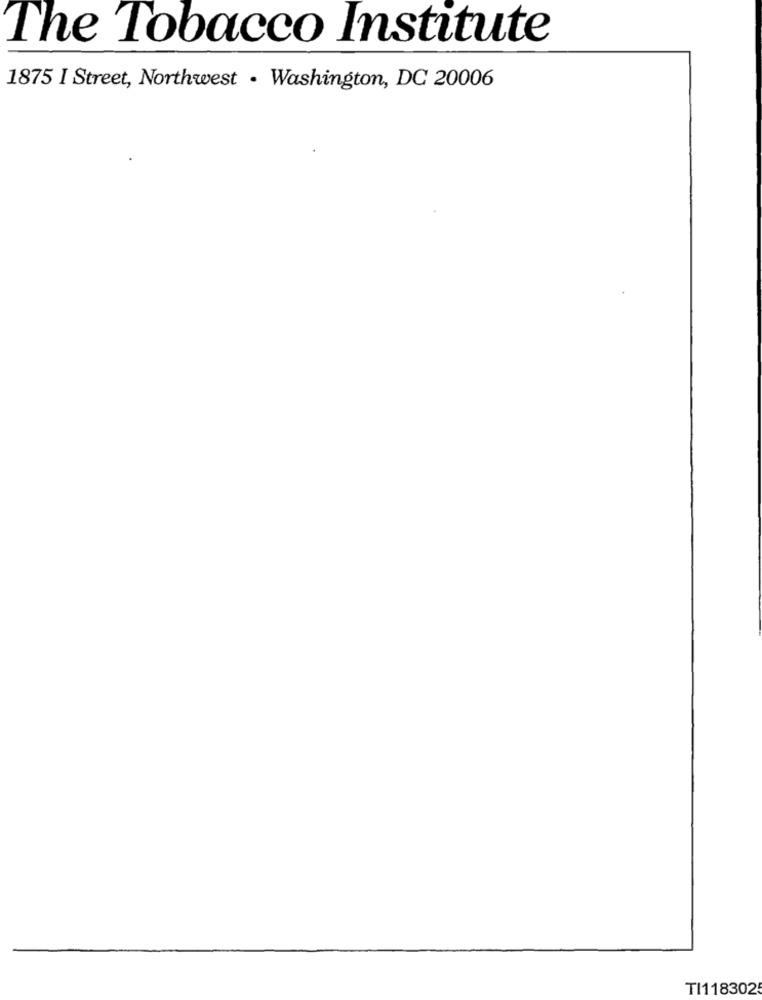
The Tobacco Institute
1875 I Street, Northwest · Washington, DC 20006
TI118302